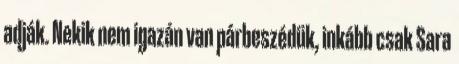
adják. Nekik nem igazán van párbeszédük, inkább csak Sara